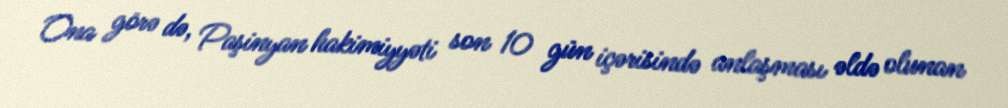
Ona görə də, Paşinyan hakimiyyəti son 10 gün içərisində anlaşması əldə olunan